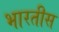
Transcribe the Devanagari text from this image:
भारतीस